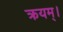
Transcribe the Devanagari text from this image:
क्रयम्।